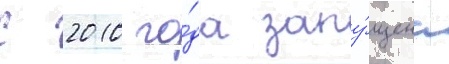
С 2010 го́да запу́щена